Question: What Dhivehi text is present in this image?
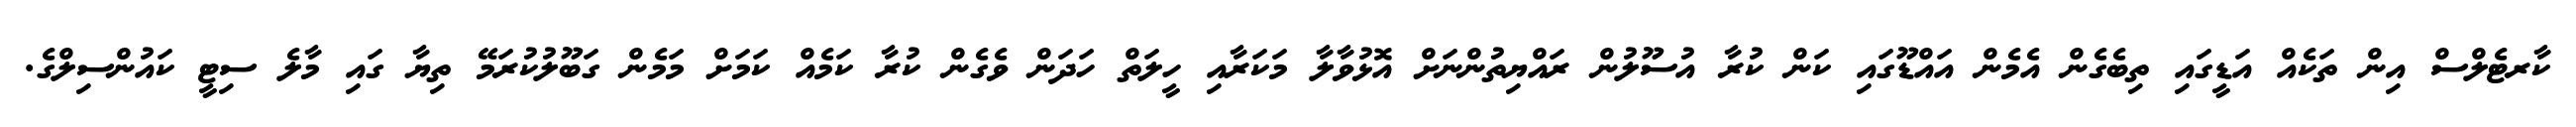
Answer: ކާރޓެލްސް އިން ތަކެއް އަޑީގައި ތިބެގެން އެމެން އައްޑޫގައި ކަން ކުރާ އުސޫލުން ރައްޔިތުންނަށް އޮޅުވާލާ މަކަރާއި ހީލަތް ހަދަން ވެގެން ކުރާ ކަމެއް ކަމަށް މަމެން ގަބޫލުކުރަމޭ ތިޔާ ގައި މާލެ ސިޓީ ކައުންސިލްގެ.